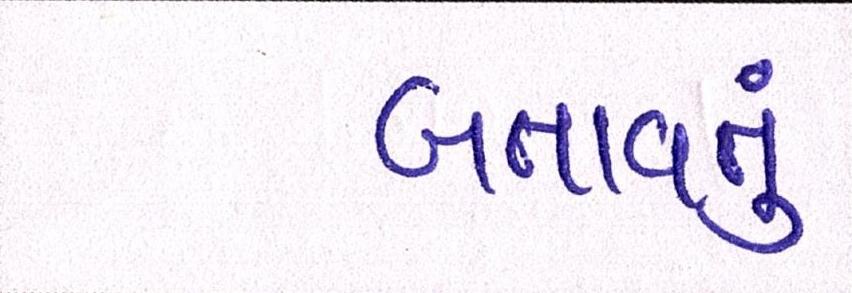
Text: બતાવતું